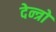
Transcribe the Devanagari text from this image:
देन्त्रो